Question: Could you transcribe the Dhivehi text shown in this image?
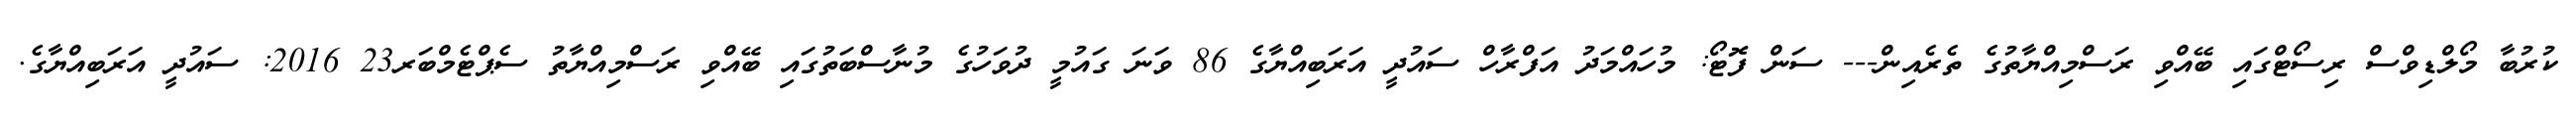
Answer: ކުރުބާ މޯލްޑިވްސް ރިސޯޓްގައި ބޭއްވި ރަސްމިއްޔާތުގެ ތެރެއިން--- ސަން ފޮޓޯ: މުހައްމަދު އަފްރާހް ސައުދީ އަރަބިއްޔާގެ 86 ވަނަ ގައުމީ ދުވަހުގެ މުނާސްބަތުގައި ބޭއްވި ރަސްމިއްޔާތު ސެޕްޓެމްބަރ23 2016: ސައުދީ އަރަބިއްޔާގެ.